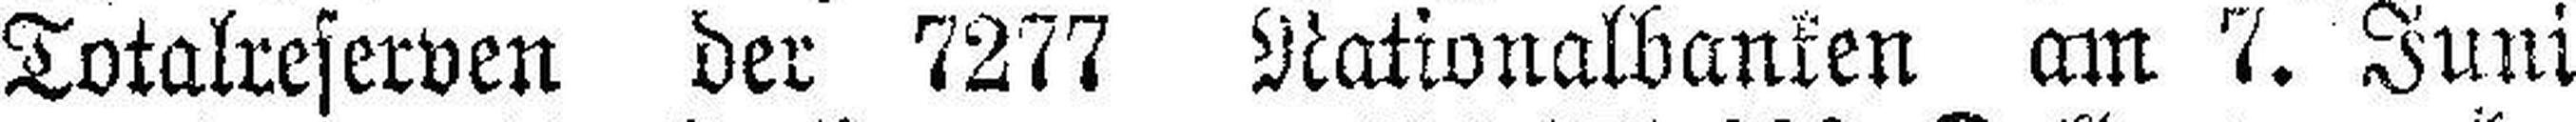
Totalreserven der 7277 Nationalbanken am 7. Juni